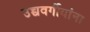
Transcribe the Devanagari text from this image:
उच्चवर्गीयांना